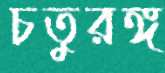
চতুরঙ্গ